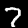
Label: 7